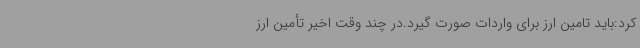
کرد:باید تامین ارز برای واردات صورت گیرد.در چند وقت اخیر تأمین ارز